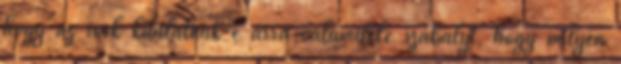
hogy az írok kitalálnak-e arra valamiféle szabályt, hogy milyen